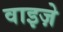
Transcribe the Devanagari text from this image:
वाइज़े